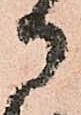
御